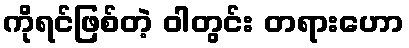
ကိုရင်ဖြစ်တဲ့ ဝါတွင်း တရားဟော